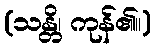
(သန္တိ၊ ကုန်၏။)